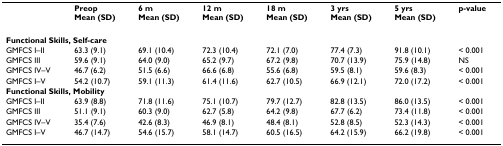
<table><thead><tr><td></td><td><b>PreopMean (SD)</b></td><td><b>6 mMean (SD)</b></td><td><b>12 mMean (SD)</b></td><td><b>18 mMean (SD)</b></td><td><b>3 yrsMean (SD)</b></td><td><b>5 yrsMean (SD)</b></td><td><b>p-value</b></td></tr></thead><tbody><tr><td colspan="8"><b>Functional Skills, Self-care</b></td></tr><tr><td>GMFCS I–II</td><td>63.3 (9.1)</td><td>69.1 (10.4)</td><td>72.3 (10.4)</td><td>72.1 (7.0)</td><td>77.4 (7.3)</td><td>91.8 (10.1)</td><td>&lt; 0.001</td></tr><tr><td>GMFCS III</td><td>59.6 (9.1)</td><td>64.0 (9.0)</td><td>65.2 (9.7)</td><td>67.2 (9.8)</td><td>70.7 (13.9)</td><td>75.9 (14.8)</td><td>NS</td></tr><tr><td>GMFCS IV–V</td><td>46.7 (6.2)</td><td>51.5 (6.6)</td><td>66.6 (6.8)</td><td>55.6 (6.8)</td><td>59.5 (8.1)</td><td>59.6 (8.3)</td><td>&lt; 0.001</td></tr><tr><td>GMFCS I–V</td><td>54.2 (10.7)</td><td>59.1 (11.3)</td><td>61.4 (11.6)</td><td>62.7 (10.5)</td><td>66.9 (12.1)</td><td>72.0 (17.2)</td><td>&lt; 0.001</td></tr><tr><td colspan="8"><b>Functional Skills, Mobility</b></td></tr><tr><td>GMFCS I–II</td><td>63.9 (8.8)</td><td>71.8 (11.6)</td><td>75.1 (10.7)</td><td>79.7 (12.7)</td><td>82.8 (13.5)</td><td>86.0 (13.5)</td><td>&lt; 0.001</td></tr><tr><td>GMFCS III</td><td>51.1 (9.1)</td><td>60.3 (9.0)</td><td>62.7 (5.8)</td><td>64.2 (9.8)</td><td>67.7 (6.2)</td><td>73.4 (11.8)</td><td>&lt; 0.001</td></tr><tr><td>GMFCS IV–V</td><td>35.4 (7.6)</td><td>42.6 (8.3)</td><td>46.9 (8.1)</td><td>48.4 (8.1)</td><td>52.8 (8.5)</td><td>52.3 (14.3)</td><td>&lt; 0.001</td></tr><tr><td>GMFCS I–V</td><td>46.7 (14.7)</td><td>54.6 (15.7)</td><td>58.1 (14.7)</td><td>60.5 (16.5)</td><td>64.2 (15.9)</td><td>66.2 (19.8)</td><td>&lt; 0.001</td></tr></tbody></table>